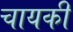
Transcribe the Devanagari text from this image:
चायकी